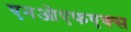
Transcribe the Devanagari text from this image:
एनओएफएक्स